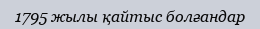
1795 жылы қайтыс болғандар